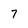
Character: 7